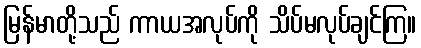
မြန်မာတို့သည် ကာယအလုပ်ကို သိပ်မလုပ်ချင်ကြ။